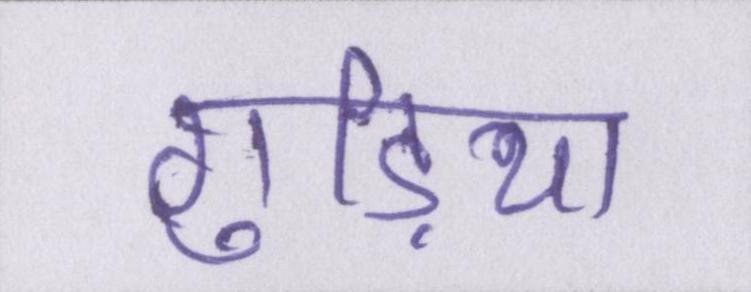
गुड़िया